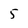
Character: 5